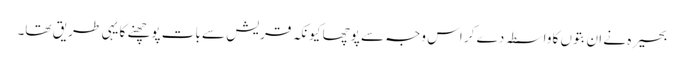
بحیرہ نے ان بتوں کا واسطہ دے کر اس وجہ سے پوچھا کیونکہ قریش سے بات پوچھنے کا یہی طریق تھا۔